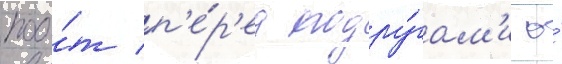
поо́т п'е́р'ед подру́гам'и о́